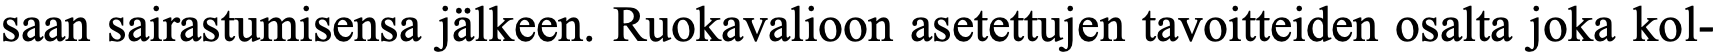
saan sairastumisensa jälkeen. Ruokavalioon asetettujen tavoitteiden osalta joka kol-